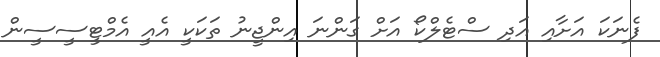
ފެނަކަ އަށާއި އަދި ސްޓެލްކޯ އަށް ގަންނަ އިންޖީނު ތަކަކީ އެއީ އެމްޓީސީސީން